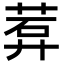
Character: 𬜽